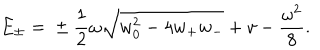
LaTeX: E _ { \pm } = { } \pm \frac 1 2 \omega \sqrt { w _ { 0 } ^ { 2 } - 4 w _ { + } w _ { - } } + v - \frac { \omega ^ { 2 } } 8 .